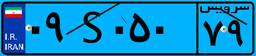
۹۶S۹۴۹۴۰